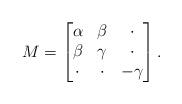
LaTeX: \begin{align*} M = \left[ \begin{matrix} \alpha & \beta & \cdot \\ \beta & \gamma & \cdot \\ \cdot & \cdot & -\gamma \end{matrix} \right].\end{align*}